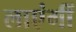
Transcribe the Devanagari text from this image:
लाएंगीं